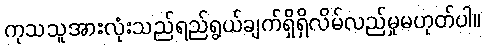
ကုသသူအားလုံးသည်ရည်ရွယ်ချက်ရှိရှိလိမ်လည်မှုမဟုတ်ပါ။